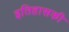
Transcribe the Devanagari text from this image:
इतिहासकी